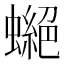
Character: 𧑾